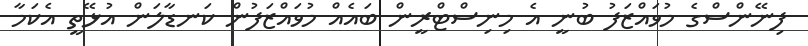
ފިނޭންސްގެ މުވައްޒަފު ބުނީ އެ މިނިސްޓްރީން ބައެއް މުވައްޒަފުން ކަނޑާލަން އުޅޭތީ އެކަމާ